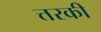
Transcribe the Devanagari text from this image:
त्तरकी